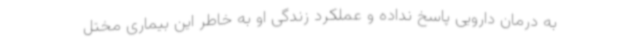
به درمان دارویی پاسخ نداده و عملکرد زندگی او به خاطر این بیماری مختل